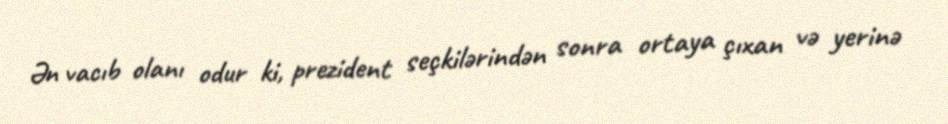
Ən vacıb olanı odur ki, prezident seçkilərindən sonra ortaya çıxan və yerinə